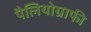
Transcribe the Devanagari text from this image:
पैलियोग्राफी